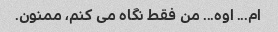
ام... اوه... من فقط نگاه می کنم، ممنون.